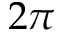
2 \pi